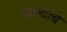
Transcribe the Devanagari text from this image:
बाल्यांचे